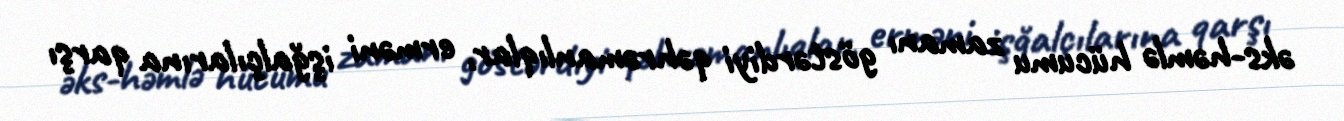
əks-həmlə hücumu zamanı göstərdiyi qəhrəmanlıqlar, erməni işğalçılarına qarşı